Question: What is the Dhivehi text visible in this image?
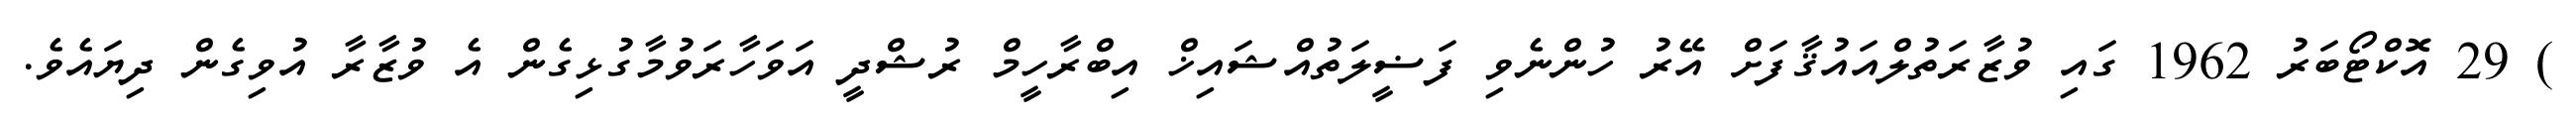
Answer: ) 29 އޮކްޓޯބަރު 1962 ގައި ވުޒާރަތުލްއައުޤާފަށް އޭރު ހުންނެވި ފަޟީލަތުއްޝައިޚް އިބްރާހީމް ރުޝްދީ އަވަހާރަވުމާގުޅިގެން އެ ވުޒާރާ އުވިގެން ދިޔައެވެ.